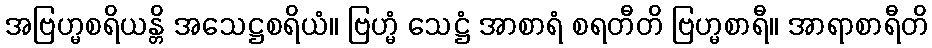
အဗြဟ္မစရိယန္တိ အသေဋ္ဌစရိယံ။ ဗြဟ္မံ သေဋ္ဌံ အာစာရံ စရတီတိ ဗြဟ္မစာရီ။ အာရာစာရီတိ